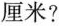
厘米?